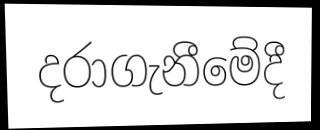
දරාගැනීමේදී